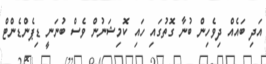
އަދި ބައެއް ދިވެހިން ބުނާ ގޮތުގައި ހައި ކޮމިޝަނުން ވެސް ބުނަނީ ޑިޕެންޑެންޓް